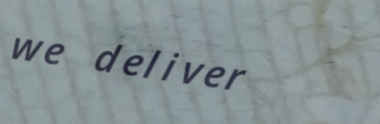
we deliver